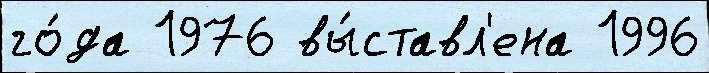
го́да 1976 вы́ставл'ена 1996